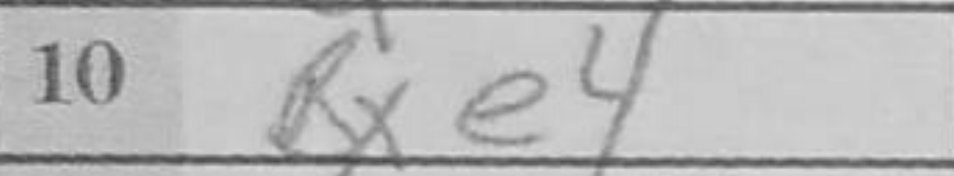
Transcription: Bxe4